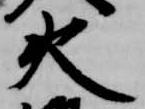
火